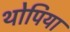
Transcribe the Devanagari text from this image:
थोपिया